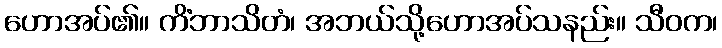
ဟောအပ်၏။ ကိံဘာသိတံ၊ အဘယ်သို့ဟောအပ်သနည်း။ သီဝက၊